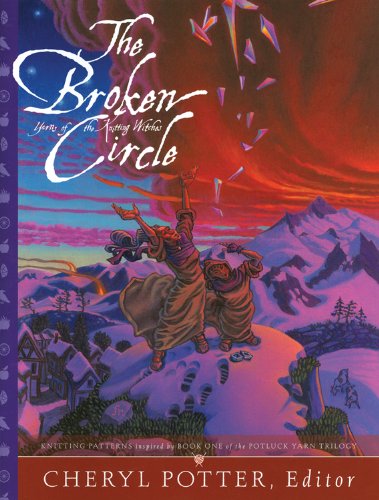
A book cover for The Broken Circle: Knitting Patterns inspired by Book One of the Potluck Yarn Trilogy; Cheryl Potter (editor); Teen & Young Adult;